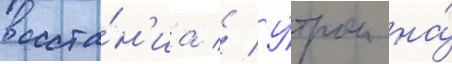
восста́н'иа // У́тром на́